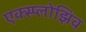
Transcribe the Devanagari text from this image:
एक्स्प्लोझिव